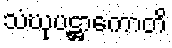
သံဃုပဋ္ဌာကောတိ